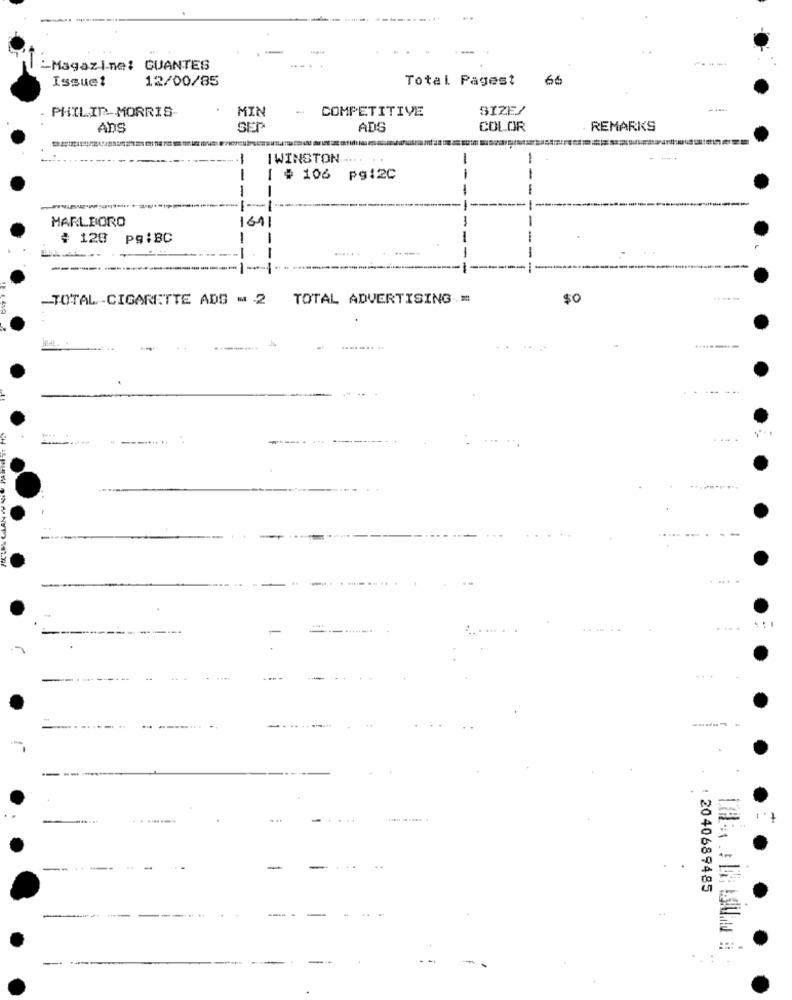
-Magazine: GUANTES
Issue!
12/00/85
Total Pagest
66
PHILIP MORRIS
COMPETITIVE
SIZE/
MIN
Ans
ADS
COLOR
REMARKS
1
IWINSTON
[ # 106 pg:2C
-
-
1-
--
MARLBORO
1611
-
# 128 pg:BC
1
--
-
-TOTAL-CIGARETTE ADS - 2 TOTAL ADVERTISING =
$0
:44
-
. ...
-
------
...
: 2040689485